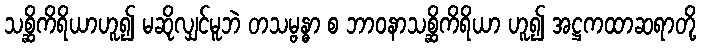
သစ္ဆိကိရိယာဟူ၍ မဆိုလျှင်မူဘဲ တသမ္ဗန္ဓာ စ ဘာဝနာသစ္ဆိကိရိယာ ဟူ၍ အဋ္ဌကထာဆရာတို့